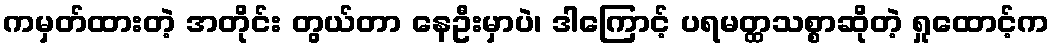
ကမှတ်ထားတဲ့ အတိုင်း တွယ်တာ နေဦးမှာပဲ၊ ဒါကြောင့် ပရမတ္ထသစ္စာဆိုတဲ့ ရှုထောင့်က